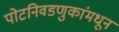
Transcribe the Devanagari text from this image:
पोटनिवडणुकांमधून